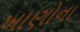
ખાણોના